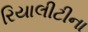
રિયાલીટીના